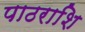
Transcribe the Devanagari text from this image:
पाठराशि